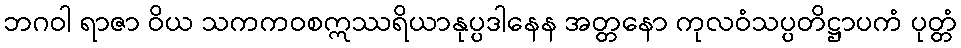
ဘဂဝါ ရာဇာ ဝိယ သကကဝစဣဿရိယာနုပ္ပဒါနေန အတ္တနော ကုလဝံသပ္ပတိဋ္ဌာပကံ ပုတ္တံ